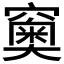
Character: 𥨩